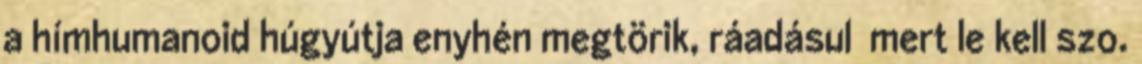
a hímhumanoid húgyútja enyhén megtörik, ráadásul mert le kell szo.